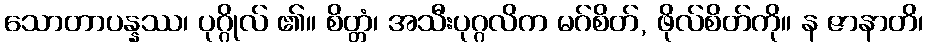
သောတာပန္နဿ၊ ပုဂ္ဂိုလ် ၏။ စိတ္တံ၊ အသီးပုဂ္ဂလိက မဂ်စိတ်, ဖိုလ်စိတ်ကို။ န ဇာနာတိ၊